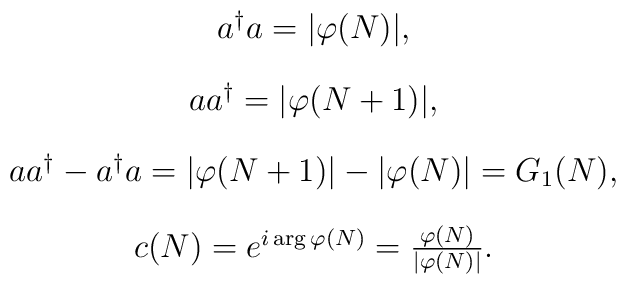
\begin{array}{c}a^{\dagger} a = |\varphi (N)|,\\[4mm]a a^{\dagger} = |\varphi (N+1)|,\\[4mm]a a^{\dagger} - a^{\dagger} a  =  |\varphi (N+1)| - |\varphi (N)| =G_{1}(N),\\[4mm]c(N) = e^{i \arg \varphi (N)} = \frac{\varphi (N)}{|\varphi (N)| }.\end{array}